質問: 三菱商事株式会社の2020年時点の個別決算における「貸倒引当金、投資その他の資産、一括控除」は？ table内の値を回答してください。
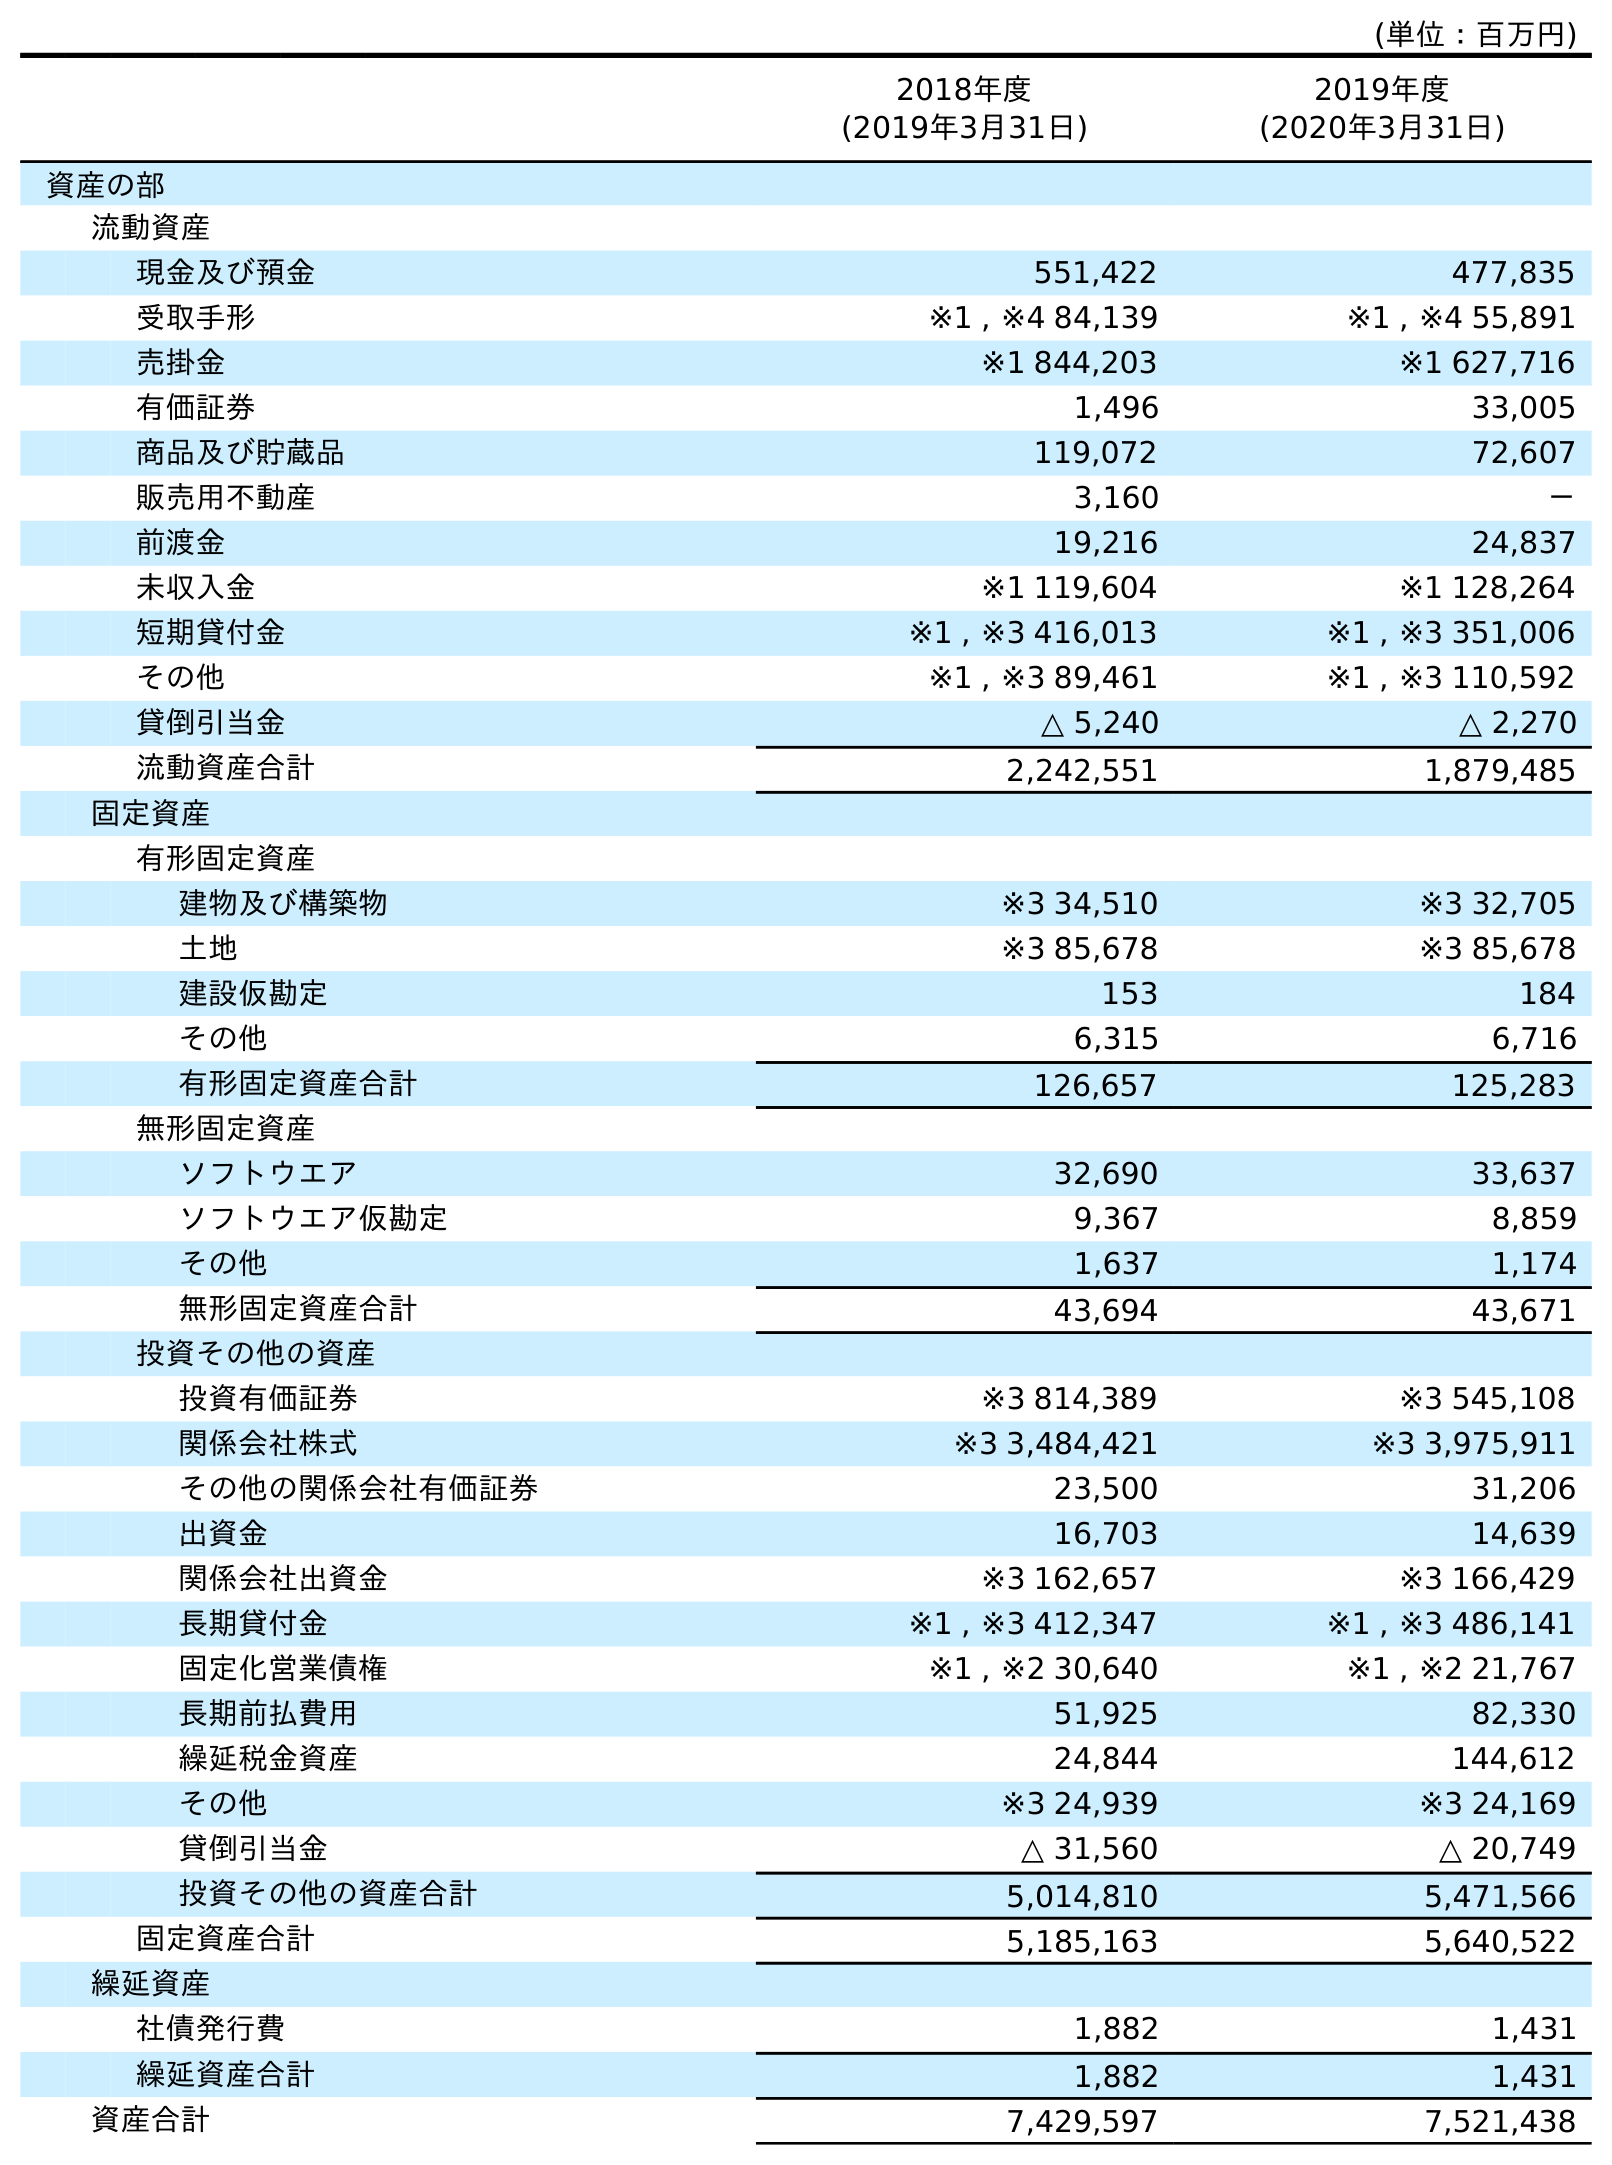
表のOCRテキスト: (単位：百万円) 2018年度 (2019年3月31日) 2019年度 (2020年3月31日) 資産の部 流動資産 現金及び預金 551,422 477,835 受取手形 ※1 , ※4 84,139 ※1 , ※4 55,891 売掛金 ※1 844,203 ※1 627,716 有価証券 1,496 33,005 商品及び貯蔵品 119,072 72,607 販売用不動産 3,160 － 前渡金 19,216 24,837 未収入金 ※1 119,604 ※1 128,264 短期貸付金 ※1 , ※3 416,013 ※1 , ※3 351,006 その他 ※1 , ※3 89,461 ※1 , ※3 110,592 貸倒引当金 △ 5,240 △ 2,270 流動資産合計 2,242,551 1,879,485 固定資産 有形固定資産 建物及び構築物 ※3 34,510 ※3 32,705 土地 ※3 85,678 ※3 85,678 建設仮勘定 153 184 その他 6,315 6,716 有形固定資産合計 126,657 125,283 無形固定資産 ソフトウエア 32,690 33,637 ソフトウエア仮勘定 9,367 8,859 その他 1,637 1,174 無形固定資産合計 43,694 43,671 投資その他の資産 投資有価証券 ※3 814,389 ※3 545,108 関係会社株式 ※3 3,484,421 ※3 3,975,911 その他の関係会社有価証券 23,500 31,206 出資金 16,703 14,639 関係会社出資金 ※3 162,657 ※3 166,429 長期貸付金 ※1 , ※3 412,347 ※1 , ※3 486,141 固定化営業債権 ※1 , ※2 30,640 ※1 , ※2 21,767 長期前払費用 51,925 82,330 繰延税金資産 24,844 144,612 その他 ※3 24,939 ※3 24,169 貸倒引当金 △ 31,560 △ 20,749 投資その他の資産合計 5,014,810 5,471,566 固定資産合計 5,185,163 5,640,522 繰延資産 社債発行費 1,882 1,431 繰延資産合計 1,882 1,431 資産合計 7,429,597 7,521,438
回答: △20,749